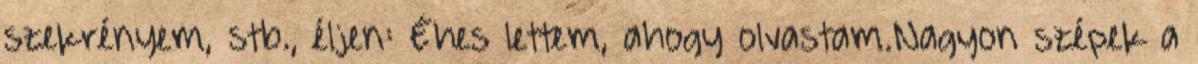
szekrényem, stb., éljen: Éhes lettem, ahogy olvastam.Nagyon szépek a